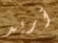
أريد